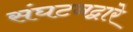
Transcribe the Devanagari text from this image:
संघटनद्वारे